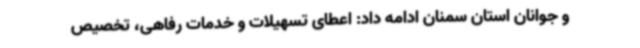
و جوانان استان سمنان ادامه داد: اعطای تسهیلات و خدمات رفاهی، تخصیص